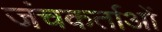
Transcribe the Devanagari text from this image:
जंचकर्ताओं